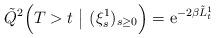
LaTeX: \begin{align*}\tilde{Q}^2\Big( T > t \ \big\vert \ (\xi^1_s)_{s \geq 0}\Big) = \mathrm{e}^{-2 \beta \tilde{L}^1_t} \end{align*}